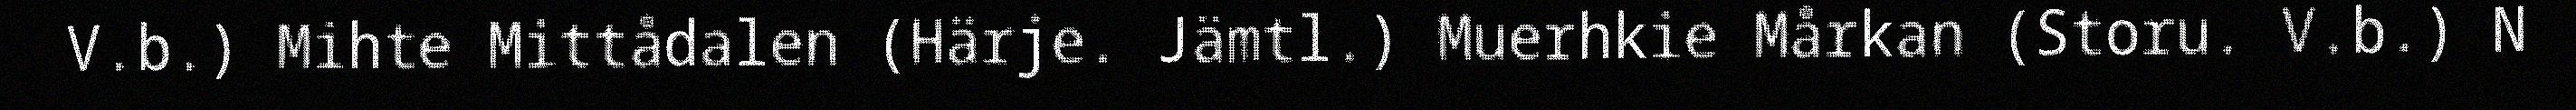
V.b.) Mihte Mittådalen (Härje. Jämtl.) Muerhkie Mårkan (Storu. V.b.) N